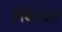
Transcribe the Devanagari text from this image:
रॉचेस्टार